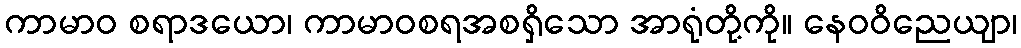
ကာမာဝ စရာဒယော၊ ကာမာဝစရအစရှိသော အာရုံတို့ကို။ နေဝဝိညေယျာ၊